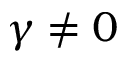
\gamma \neq 0